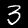
Digit: 3